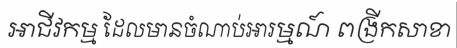
អាជីវកម្ម ដែលមានចំណាប់អារម្មណ៍ ពង្រីកសាខា